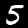
Label: 5